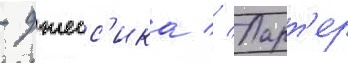
- джесс'ика // Ларт'ер